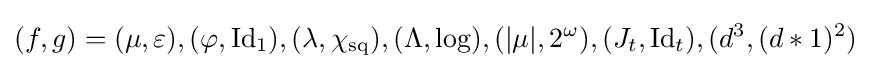
(f,g)=(\mu ,\varepsilon ),(\varphi ,\operatorname {Id} _{1}),(\lambda ,\chi _{\operatorname {sq} }),(\Lambda ,\log ),(|\mu |,2^{\omega }),(J_{t},\operatorname {Id} _{t}),(d^{3},(d\ast 1)^{2})